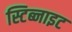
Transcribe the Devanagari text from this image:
स्टिब्नाइट